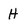
Character: H